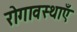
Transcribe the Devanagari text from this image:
रोगावस्थाएँ